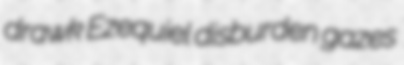
drawk Ezequiel disburden gazes